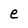
Character: e